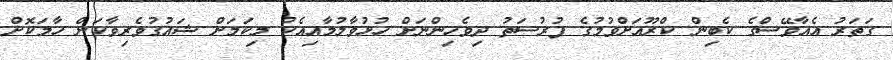
ގަތަރު އެއާވޭސްގެ ކެބިން ކްރޫއަށްވުމުގެ ފުރުސަތު ދިވެހިންނަށް ހުޅުވާލުމާއިއެކު މިކަމަށް ޝައުގުވެރިވާކަން ހާމަކޮށް